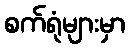
စက်ရုံများမှာ